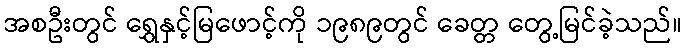
အစဦးတွင် ရွှေနှင့်မြဖောင့်ကို ၁၉၈၉တွင် ခေတ္တ တွေ့မြင်ခဲ့သည်။